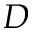
D